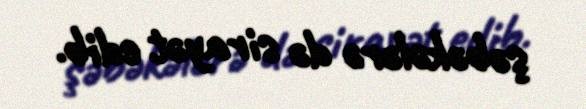
şəbəkələrə də sirayət edib.